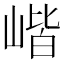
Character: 𡺓